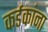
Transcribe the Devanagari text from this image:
कर्डकांना